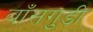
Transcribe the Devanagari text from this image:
बाँसगुड़ी